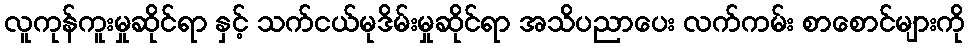
လူကုန်ကူးမှုဆိုင်ရာ နှင့် သက်ငယ်မုဒိမ်းမှုဆိုင်ရာ အသိပညာပေး လက်ကမ်း စာစောင်များကို